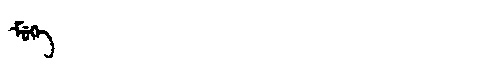
Manchu: ᠮᡠᡴᡝ
Romanization: MUKE